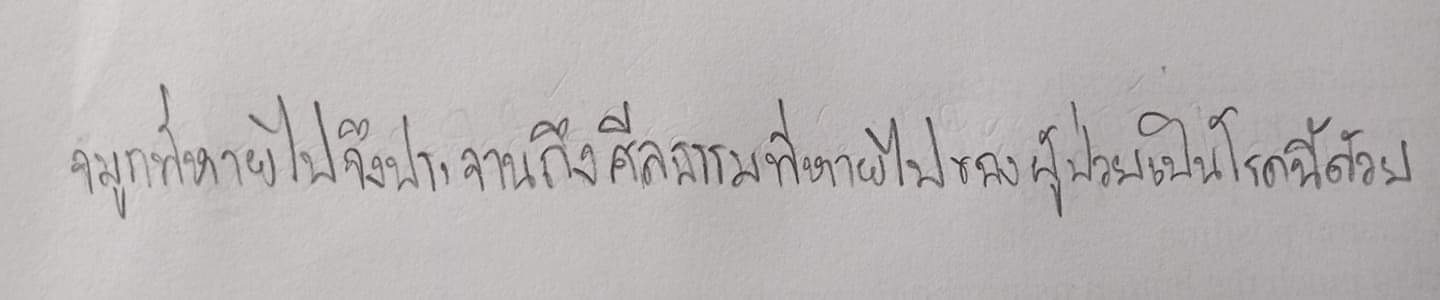
จมูกที่หายไปจึงประจานถึงศีลธรรมที่หายไปของผู้ป่วยเป็นโรคนี้ด้วย